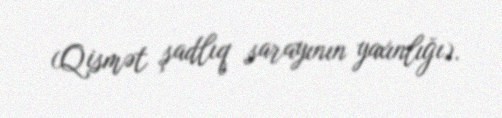
(Qismət şadlıq sarayının yaxınlığı).